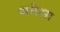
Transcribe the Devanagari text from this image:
गमेसा